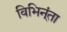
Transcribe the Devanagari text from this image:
विभिन्ंता